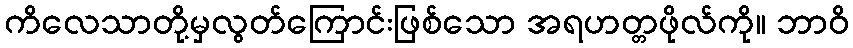
ကိလေသာတို့မှလွတ်ကြောင်းဖြစ်သော အရဟတ္တဖိုလ်ကို။ ဘာဝိ